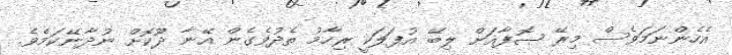
އެހެންނަމަވެސް މިރޭ ޞޮފާއަށް ލިބޭ އުފަލަކީ ރިހާމު ތެދުވެގެން އޭނާ ދޫކޮށް ނުދާނޭކަމެވެ.